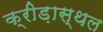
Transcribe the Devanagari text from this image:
क्रीड़ास्‍थल